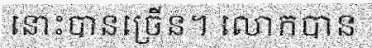
នោះបានច្រើន។ លោកបាន